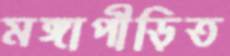
মঙ্গাপীড়িত